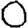
Digit: 0